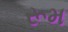
રૂમ